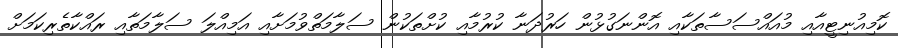
ކޮމިއުނިޓީއާއި މުއައްސަސާތަކާއި އޮންނަގުޅުން ހަރުދަނާ ކުރުމާއި ކުށްތަކުން ސަލާމަތްވުމަށާއި އަމިއްލަ ސަލާމަތާއި ރައްކާތެރިކަމަށް